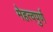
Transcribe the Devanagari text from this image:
मेहत्वपुर्ण